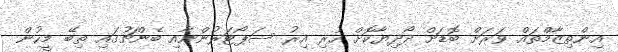
އިންތިޒާމްތައް ވަރަށް ބޮޑަށް ދޯދިޔާކޮށް ހުރި އިރު ސަޕޯޓަރުންނާއި ބެންޗުގައި ތިބޭ މީހުން